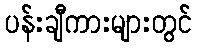
ပန်းချီကားများတွင်